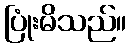
ပြုံးမိသည်။